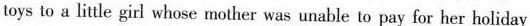
toys to a littie girl whose mother was unable to pay for her holiday